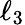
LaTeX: \ell_{3}